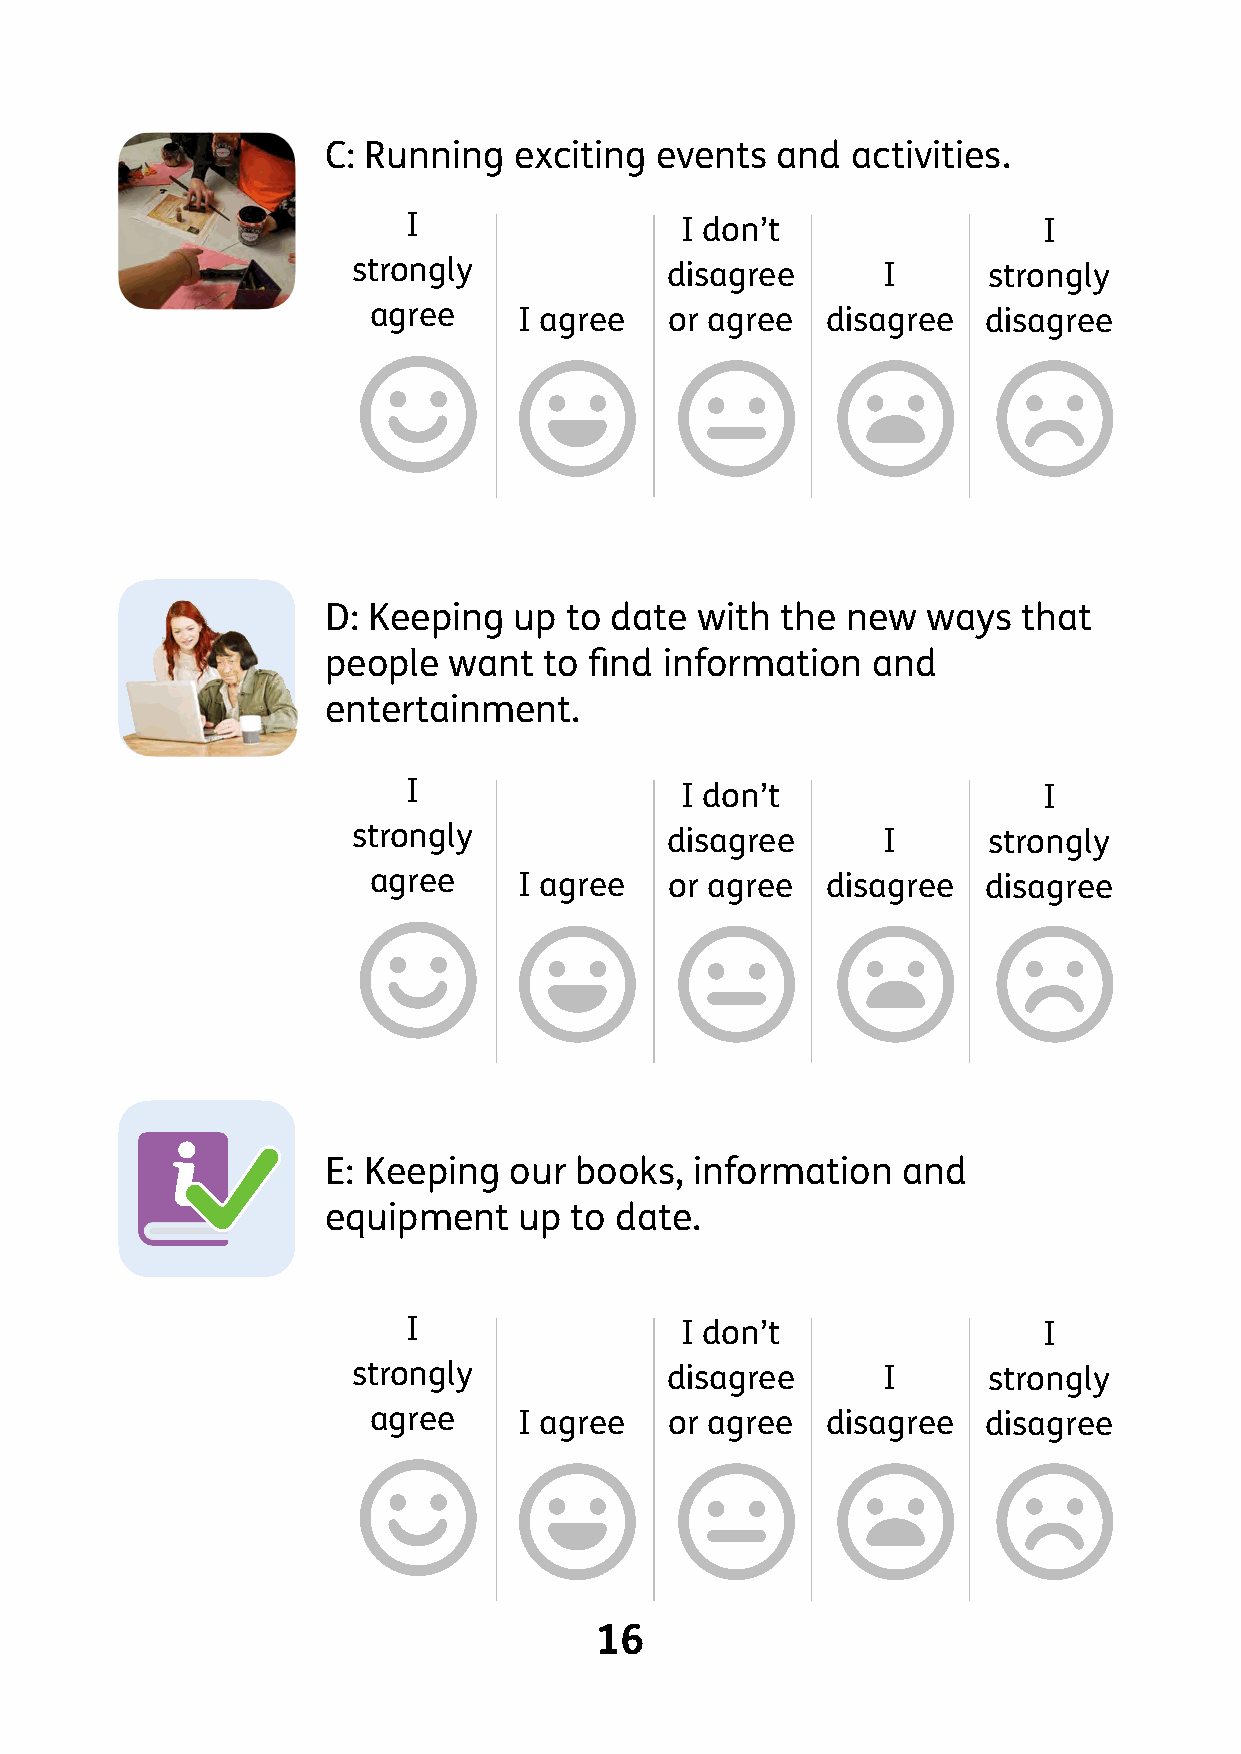
C: Running  exciting events  and  activities.
 I                 I don’t                 I
 strongly             disagree      I      strongly
 agree     I agree   or agree   disagree  disagree
 D: Keeping  up to date  with  the new  ways   that
 people  want  to find information   and
 entertainment.
 I                 I don’t                 I
 strongly             disagree      I      strongly
 agree     I agree   or agree   disagree  disagree
 E: Keeping  our books,  information   and
 equipment   up  to date.
 I                 I don’t                 I
 strongly             disagree      I      strongly
 agree     I agree   or agree   disagree  disagree
 16
 ~
 ©
 ©
 ©
 ®
 ®
 ®
 ®
 ®
 ®
 ®
 ®
 ®
 ®
 ®
 ®